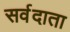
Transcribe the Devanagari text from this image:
सर्वदाता